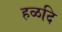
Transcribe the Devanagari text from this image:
हळदि